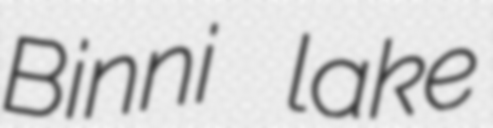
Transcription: Binni lake